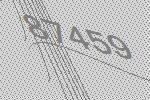
87459